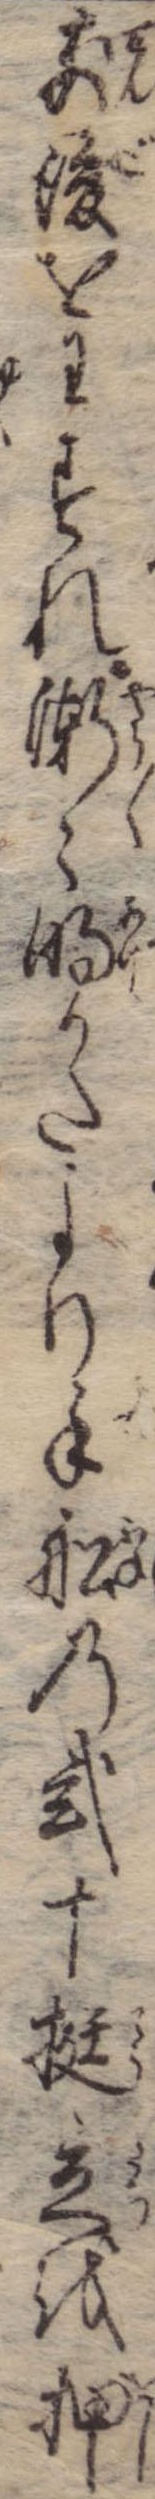
前後をわすれ漸々明かたより手船の弐十挺立を押